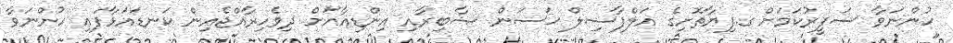
ހުންނަވާ ސަފީރުކަމަށް ގ.ފިޔާތޮށިގެ އަލްފާޟިލް ޙަސަން ޞާބިރާއި އިންޑިއާއަށް ދިވެހިރާއްޖެއިން ކަނޑައަޅާފައި ހުންނަވާ